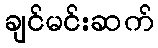
ချင်မင်းဆက်